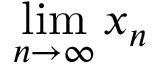
\operatorname* { l i m } _ { n \to \infty } x _ { n }